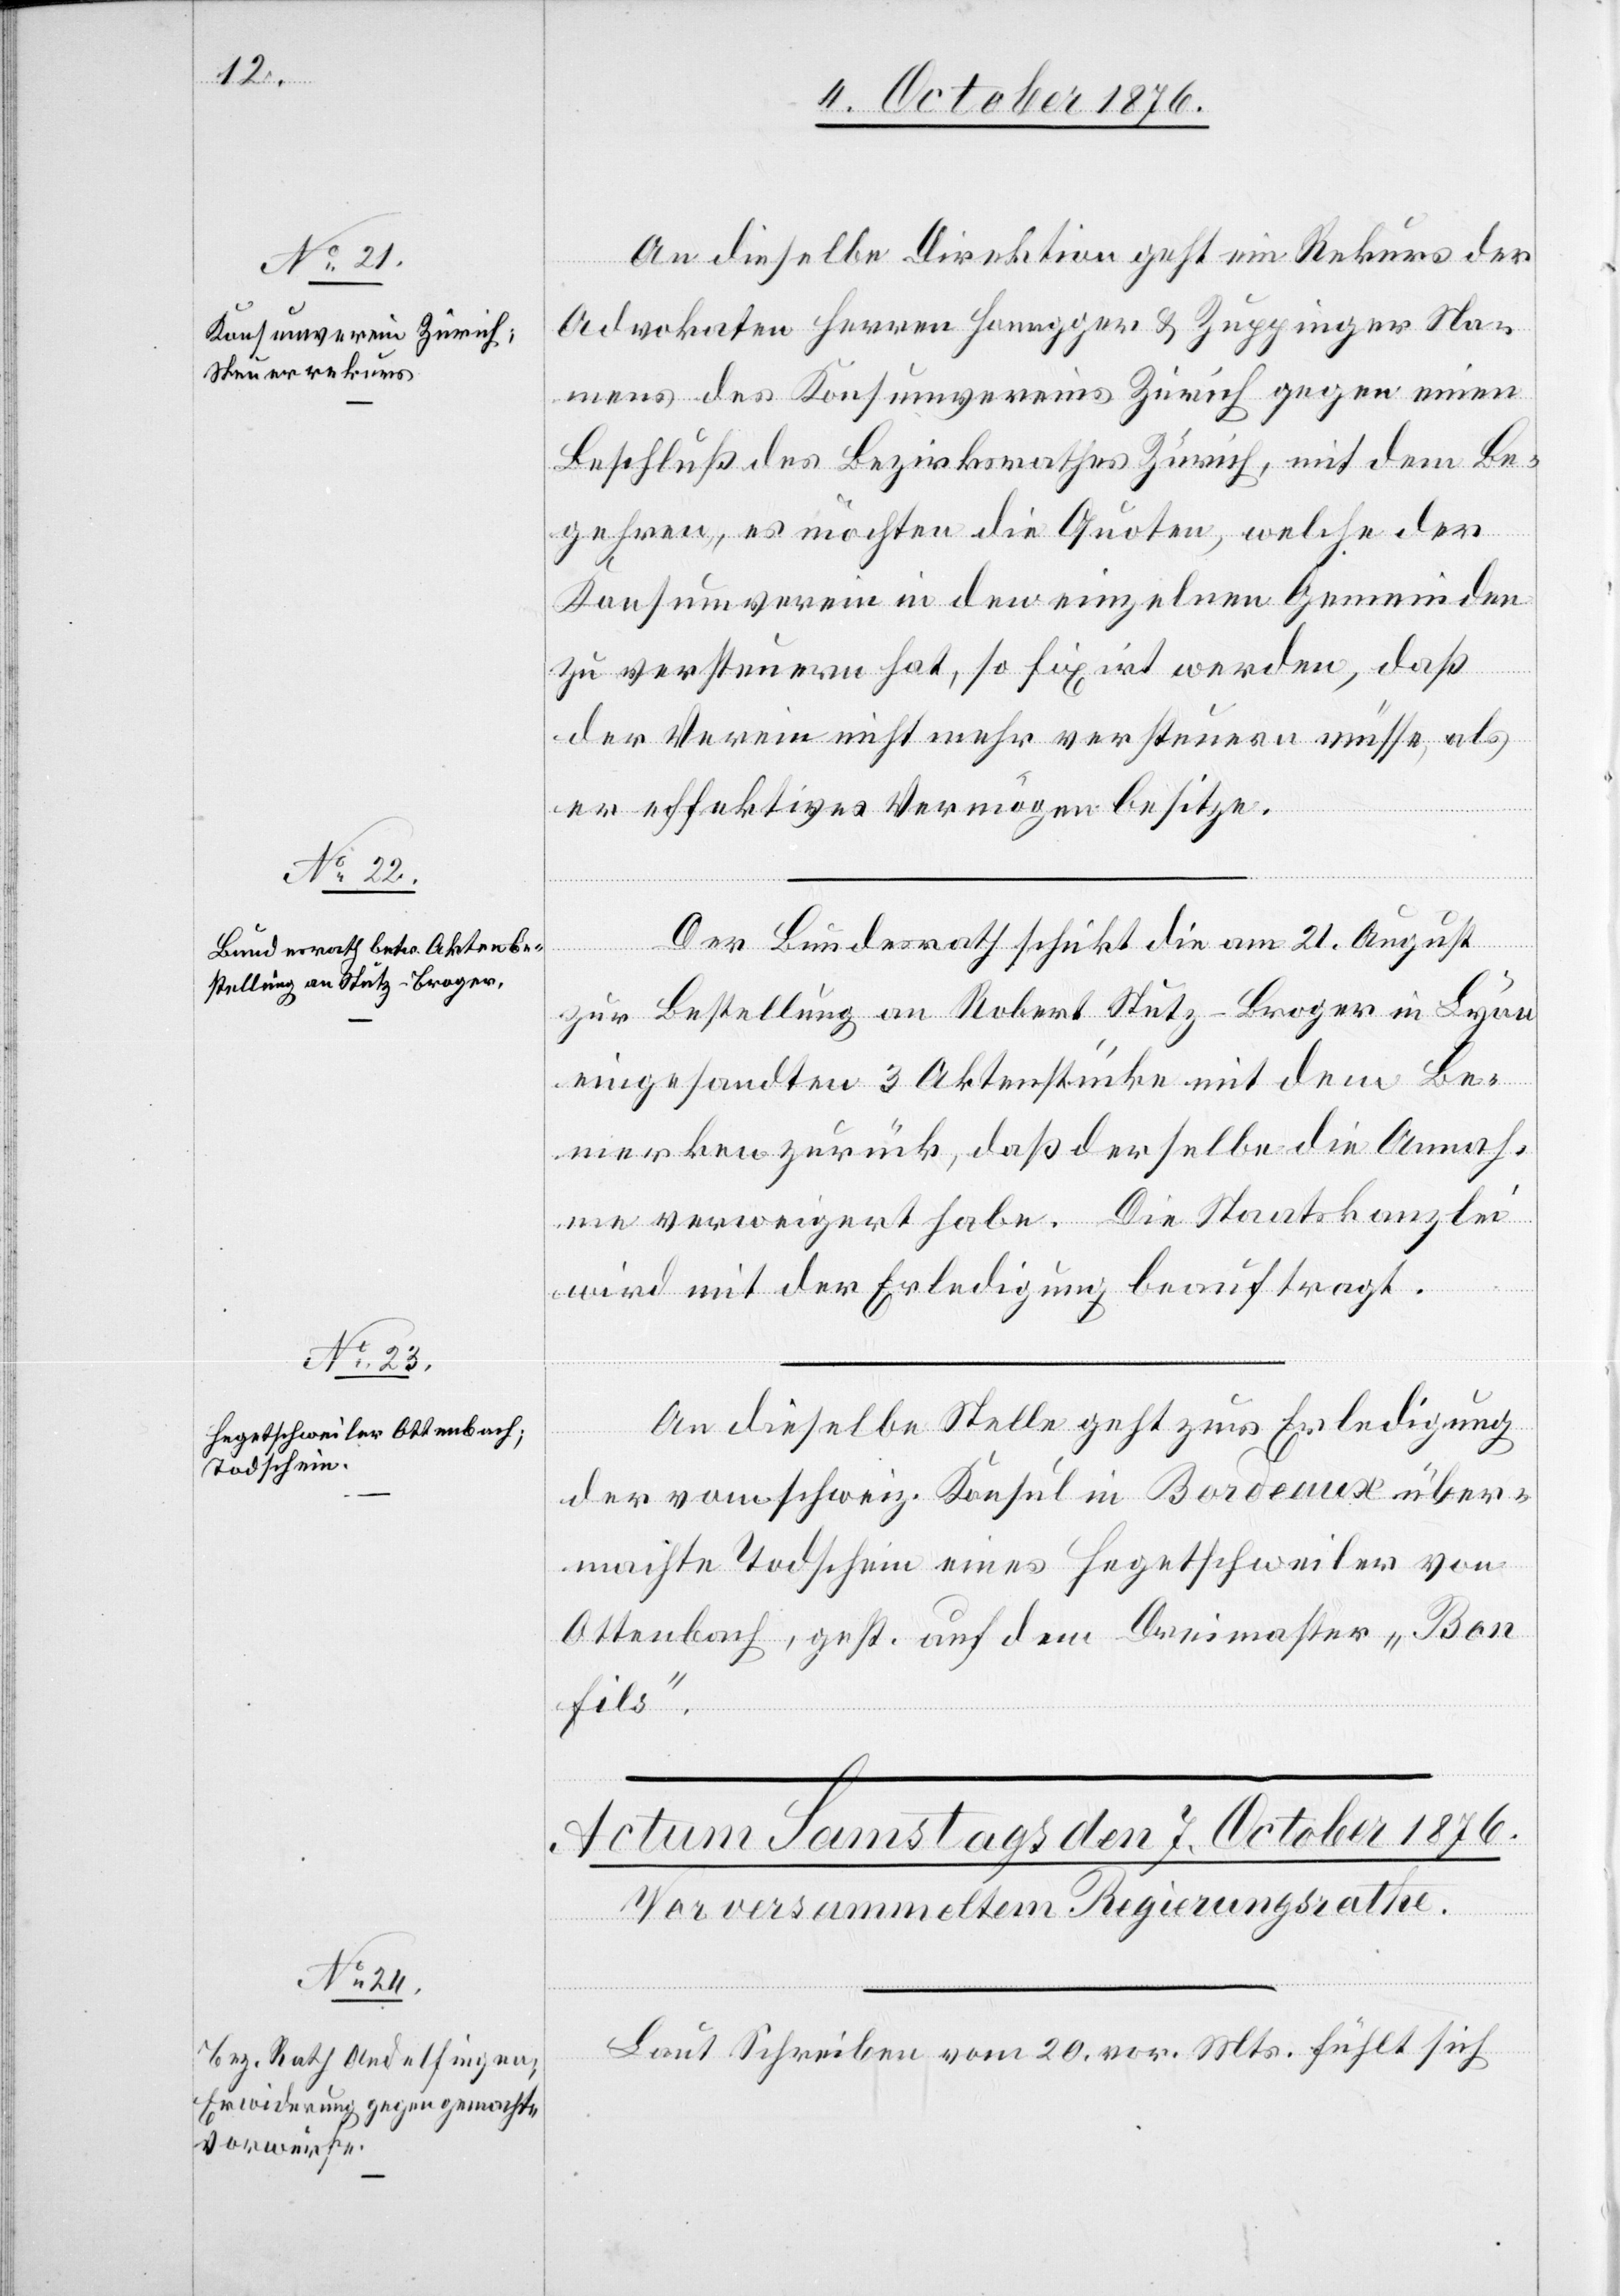
An dieselbe Direktion geht ein Rekurs der
Advokaten Herren Honegger & Zuppinger Na¬
mens des Konsumvereins Zürich gegen einen
Beschluß des Bezirksrathes Zürich, mit dem Be¬
gehren, es möchten die Quoten, welche der
Konsumverein in den einzelnen Gemeinden
zu versteuern hat, so fixirt werden, daß
der Verein nicht mehr versteuern müsse, als
er effektives Vermögen besitze.
Der Bundesrath schickt die am 21. August
zur Bestellung an Robert Stutz-Broger in Lyon
eingesandten 3 Aktenstücke mit dem Be¬
merken zurück, daß derselbe die Annah¬
me verweigert habe. Die Staatskanzlei
wird mit der Erledigung beauftragt.
An dieselbe Stelle geht zur Erledigung
der vom schweiz. Konsul in Bordeaux über¬
machte Todschein eines Hegetschweiler von
Ottenbach, gest. auf dem Dreimaster „Bon
Fils“.
Oct.
Laut Schreiben vom 20. vor. Mts. fühlt sich